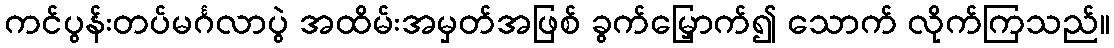
ကင်ပွန်းတပ်မင်္ဂလာပွဲ အထိမ်းအမှတ်အဖြစ် ခွက်မြှောက်၍ သောက် လိုက်ကြသည်။